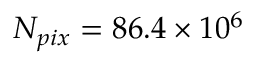
N _ { p i x } = 8 6 . 4 \times 1 0 ^ { 6 }